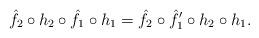
LaTeX: \begin{align*} \hat{f}_2 \circ h_2 \circ \hat{f}_1 \circ h_1 = \hat{f}_2 \circ \hat{f}_1' \circ h_2 \circ h_1.\end{align*}